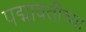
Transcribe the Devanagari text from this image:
पद्मावतीच्या